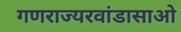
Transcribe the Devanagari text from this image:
गणराज्यरवांडासाओ